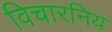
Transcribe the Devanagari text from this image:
विचारनिय